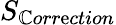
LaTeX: S_{\mathbb{C}orr\mathrm{e}ction}